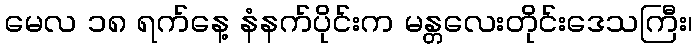
မေလ ၁၈ ရက်နေ့ နံနက်ပိုင်းက မန္တလေးတိုင်းဒေသကြီး၊